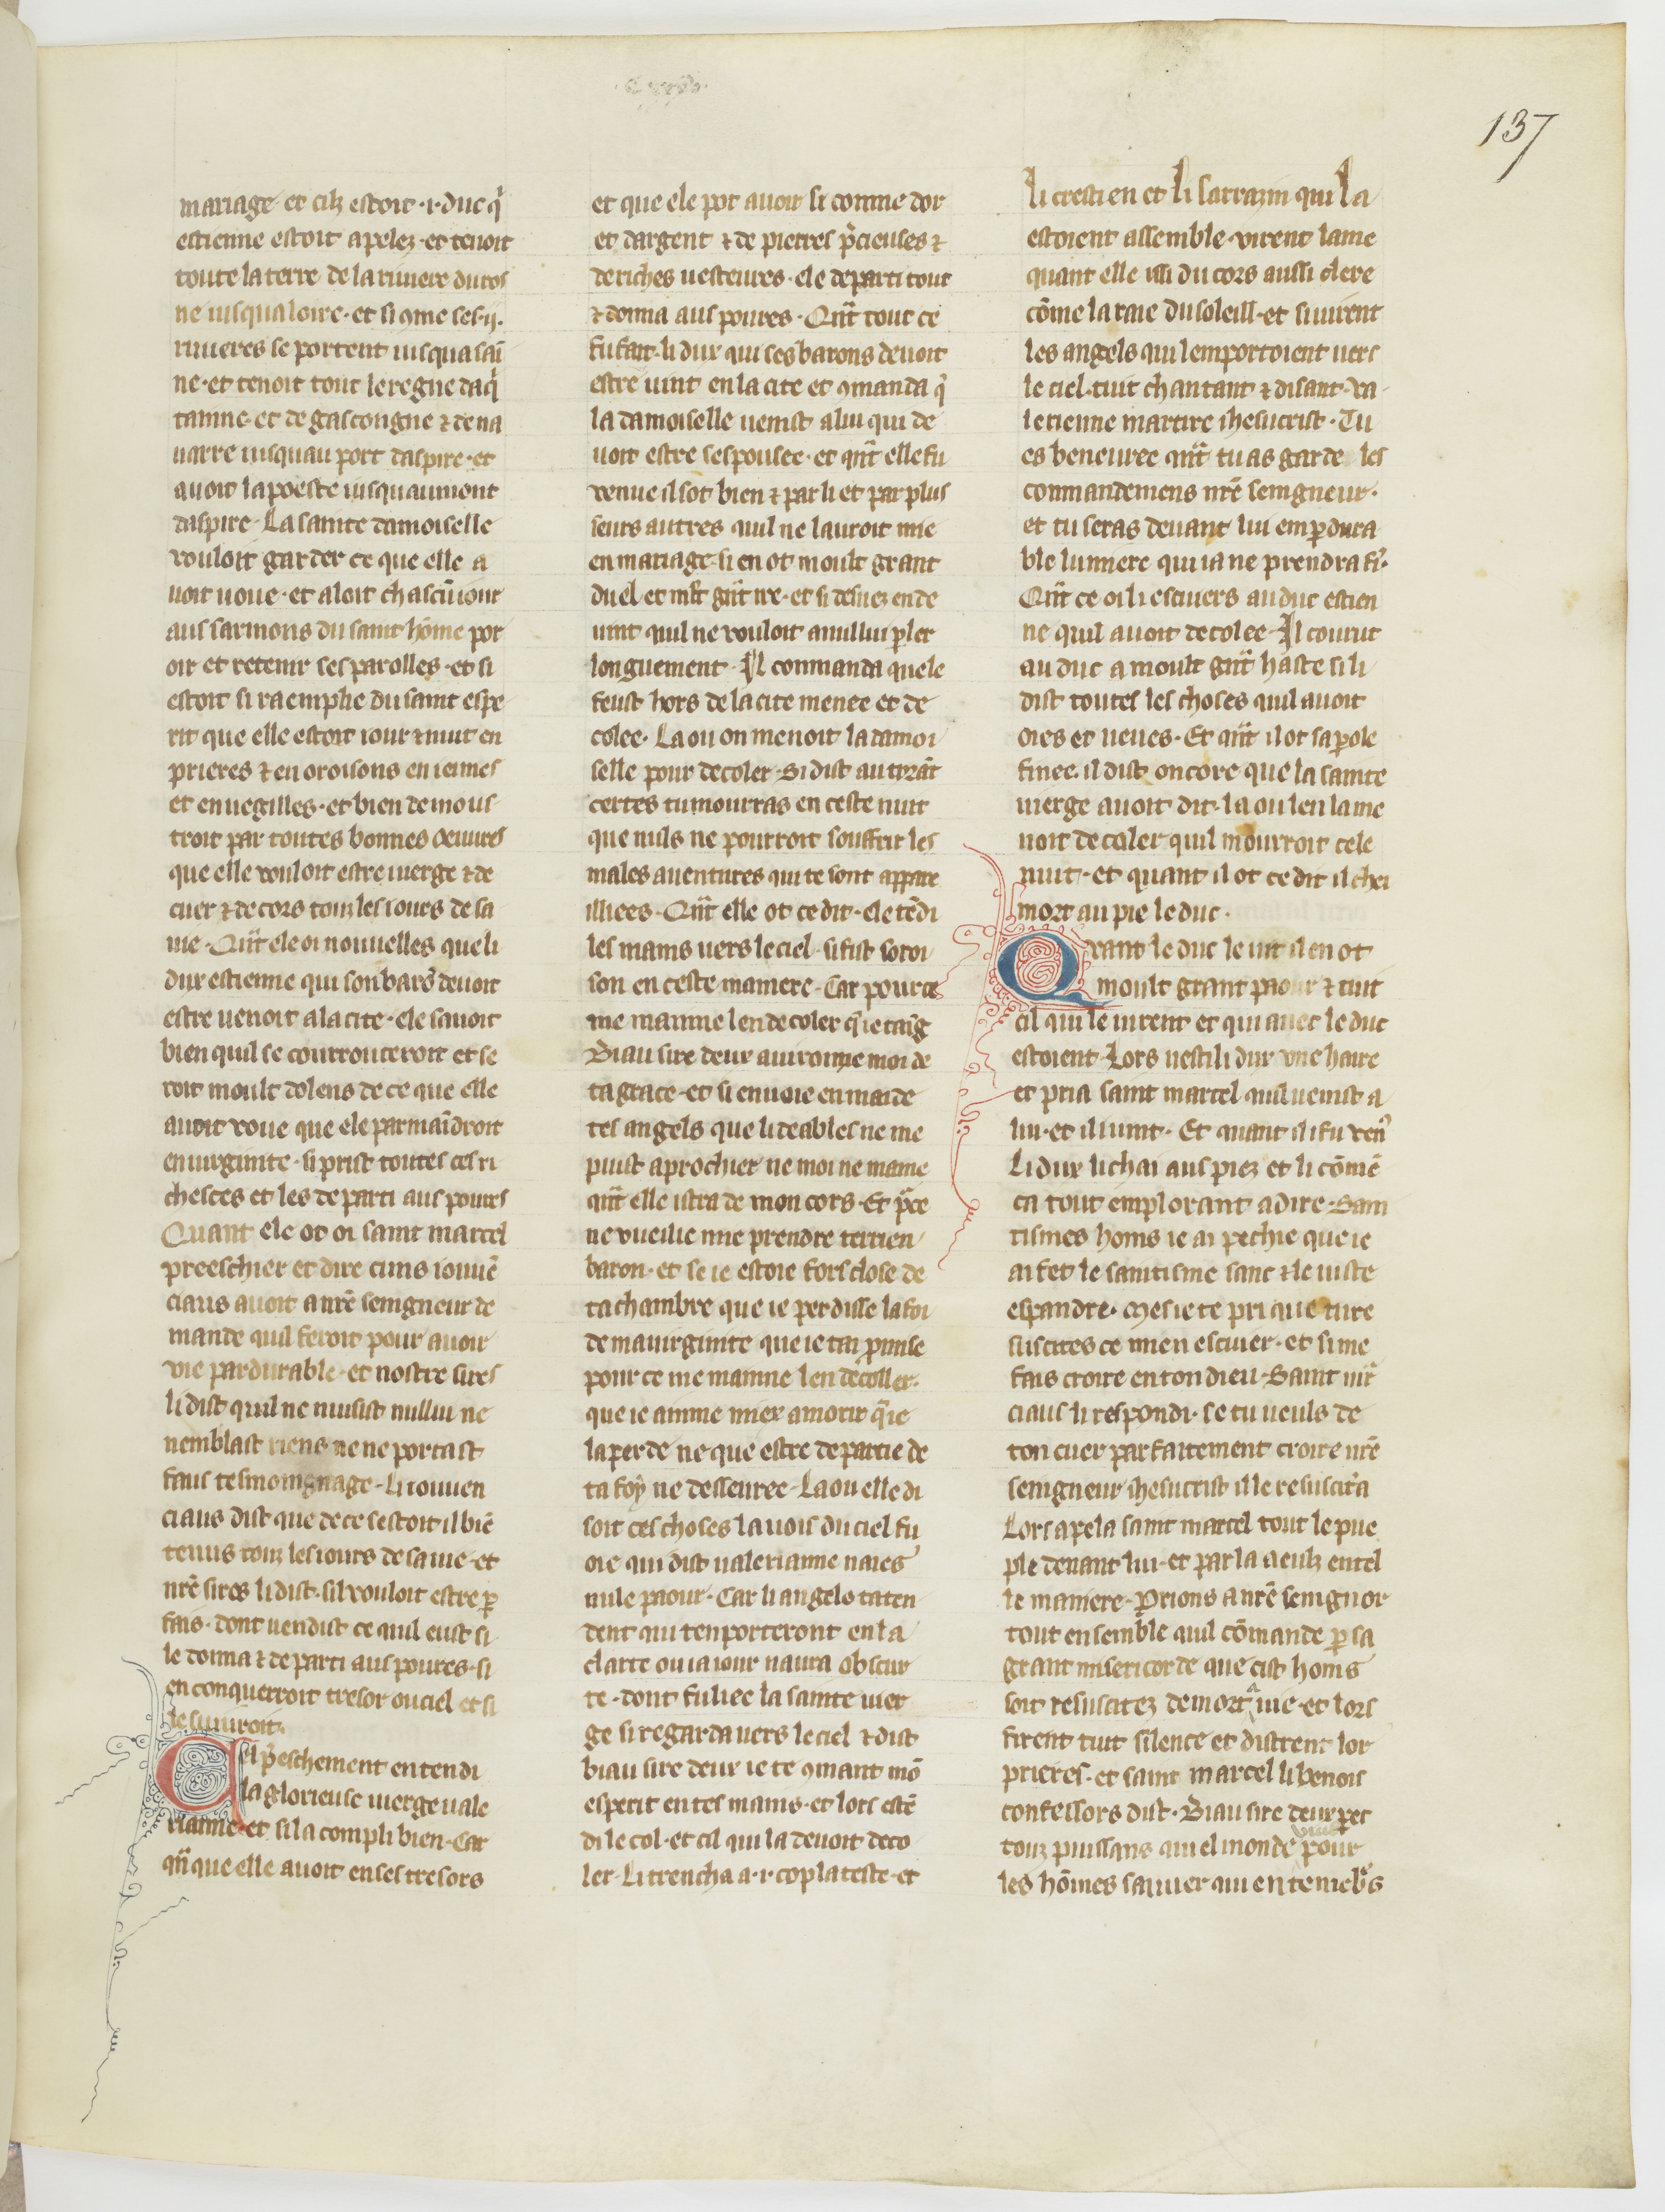
Shelfmark: Paris, BnF, fr. 185
Century: 15